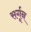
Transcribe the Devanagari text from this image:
सर्गून